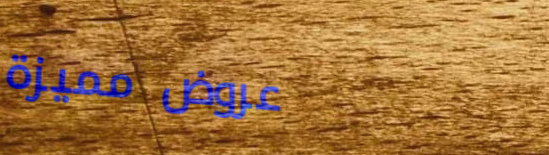
عروض مميزة